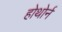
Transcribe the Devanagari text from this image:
होथोर्न